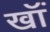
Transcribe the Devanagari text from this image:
खॉं